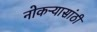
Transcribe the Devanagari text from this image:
नोकऱ्यासांठी